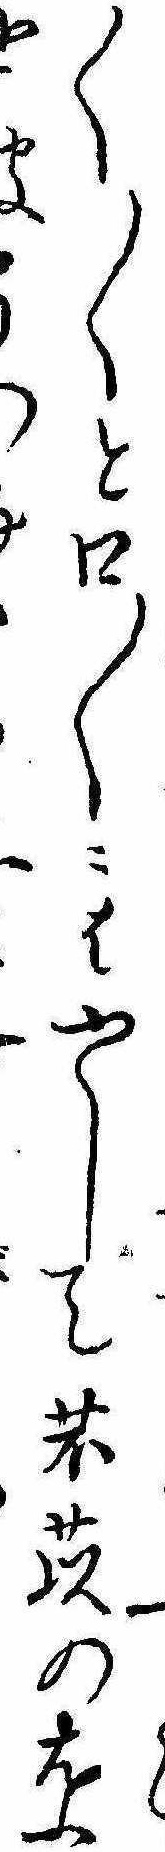
〱〱と口〱にはやして苡の葉彼